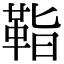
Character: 𩊝